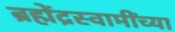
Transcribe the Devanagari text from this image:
ब्रह्मेंद्रस्वामींच्या